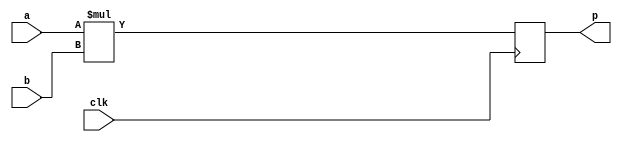
/*
 *  Altera Quartus II multiplier inference module
 *  Copyright (C) 2008-2010  Zeus Gomez Marmolejo <zeus@aluzina.org>
 *
 *  This file is part of the Zet processor. This processor is free
 *  hardware; you can redistribute it and/or modify it under the terms of
 *  the GNU General Public License as published by the Free Software
 *  Foundation; either version 3, or (at your option) any later version.
 *
 *  Zet is distrubuted in the hope that it will be useful, but WITHOUT
 *  ANY WARRANTY; without even the implied warranty of MERCHANTABILITY
 *  or FITNESS FOR A PARTICULAR PURPOSE. See the GNU General Public
 *  License for more details.
 *
 *  You should have received a copy of the GNU General Public License
 *  along with Zet; see the file COPYING. If not, see
 *  <http://www.gnu.org/licenses/>.
 */

module zet_signmul17 (
    input clk,

    input      signed [16:0] a,
    input      signed [16:0] b,
    output reg signed [33:0] p
  );

  // Behaviour
  always @(posedge clk) p <= a * b;
endmodule